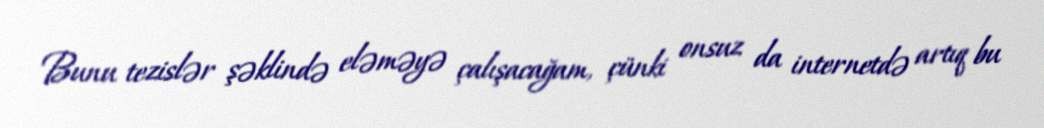
Bunu tezislər şəklində eləməyə çalışacağam, çünki onsuz da internetdə artıq bu